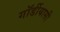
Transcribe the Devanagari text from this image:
गॉर्डीयासी